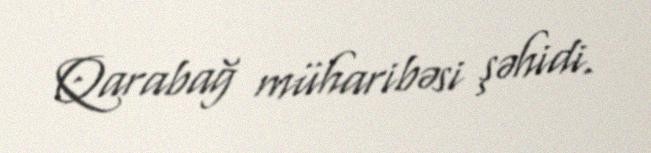
Qarabağ müharibəsi şəhidi.